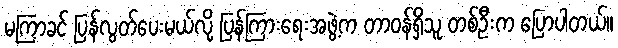
မကြာခင် ပြန်လွတ်ပေးမယ်လို့ ပြန်ကြားရေးအဖွဲ့က တာဝန်ရှိသူ တစ်ဦးက ပြောပါတယ်။